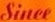
Since